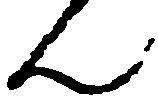
ん